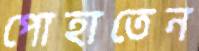
পোহাতেন